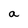
Character: a